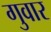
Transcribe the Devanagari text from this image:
गुवार